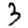
Digit: 3